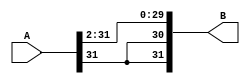
module right_shift_by_2(B, A);
	input [31:0] A;
	output [31:0] B;

	genvar b;
	generate
	for (b=0; b < 30; b = b + 1) begin: lp2
		assign B[b] = A[b+2];
	end
	endgenerate
	genvar c;
	generate
	for (c=31; c > 29; c = c - 1) begin: lp3
		assign B[c] = A[31];
	end
	endgenerate
endmodule